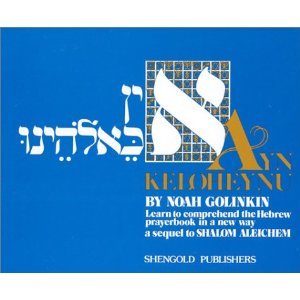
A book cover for Ayn Keloheynu: Learn to Comprehend the Hebrew Prayer Book; Noah Golinkin; Religion & Spirituality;